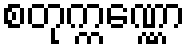
စတုက္ကဏ္ဏော